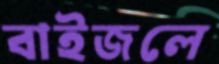
বাইজলে